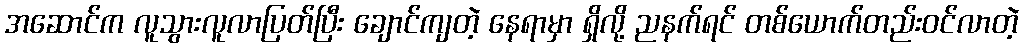
အဆောင်က လူသွားလူလာပြတ်ပြီး ချောင်ကျတဲ့ နေရာမှာ ရှိလို့ ညနက်ရင် တစ်ယောက်တည်းဝင်လာတဲ့